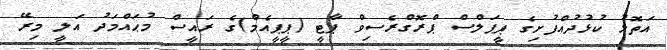
އަތޮޅު ކުޅުދުއްފުށިގެ ޕީޕަލްސް ޕްރޮގްރެސިވް ޕާޓީ (ޕީޕީއެމް)ގެ ރައީސް މުޙައްމަދު އަލީ މިރޭ